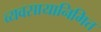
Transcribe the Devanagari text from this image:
व्यवसायानिमित्त